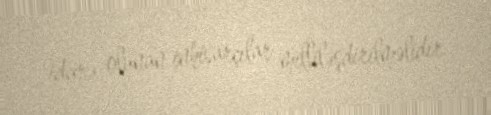
idarə olunan inhisarçılar milliləşdirilməlidir.